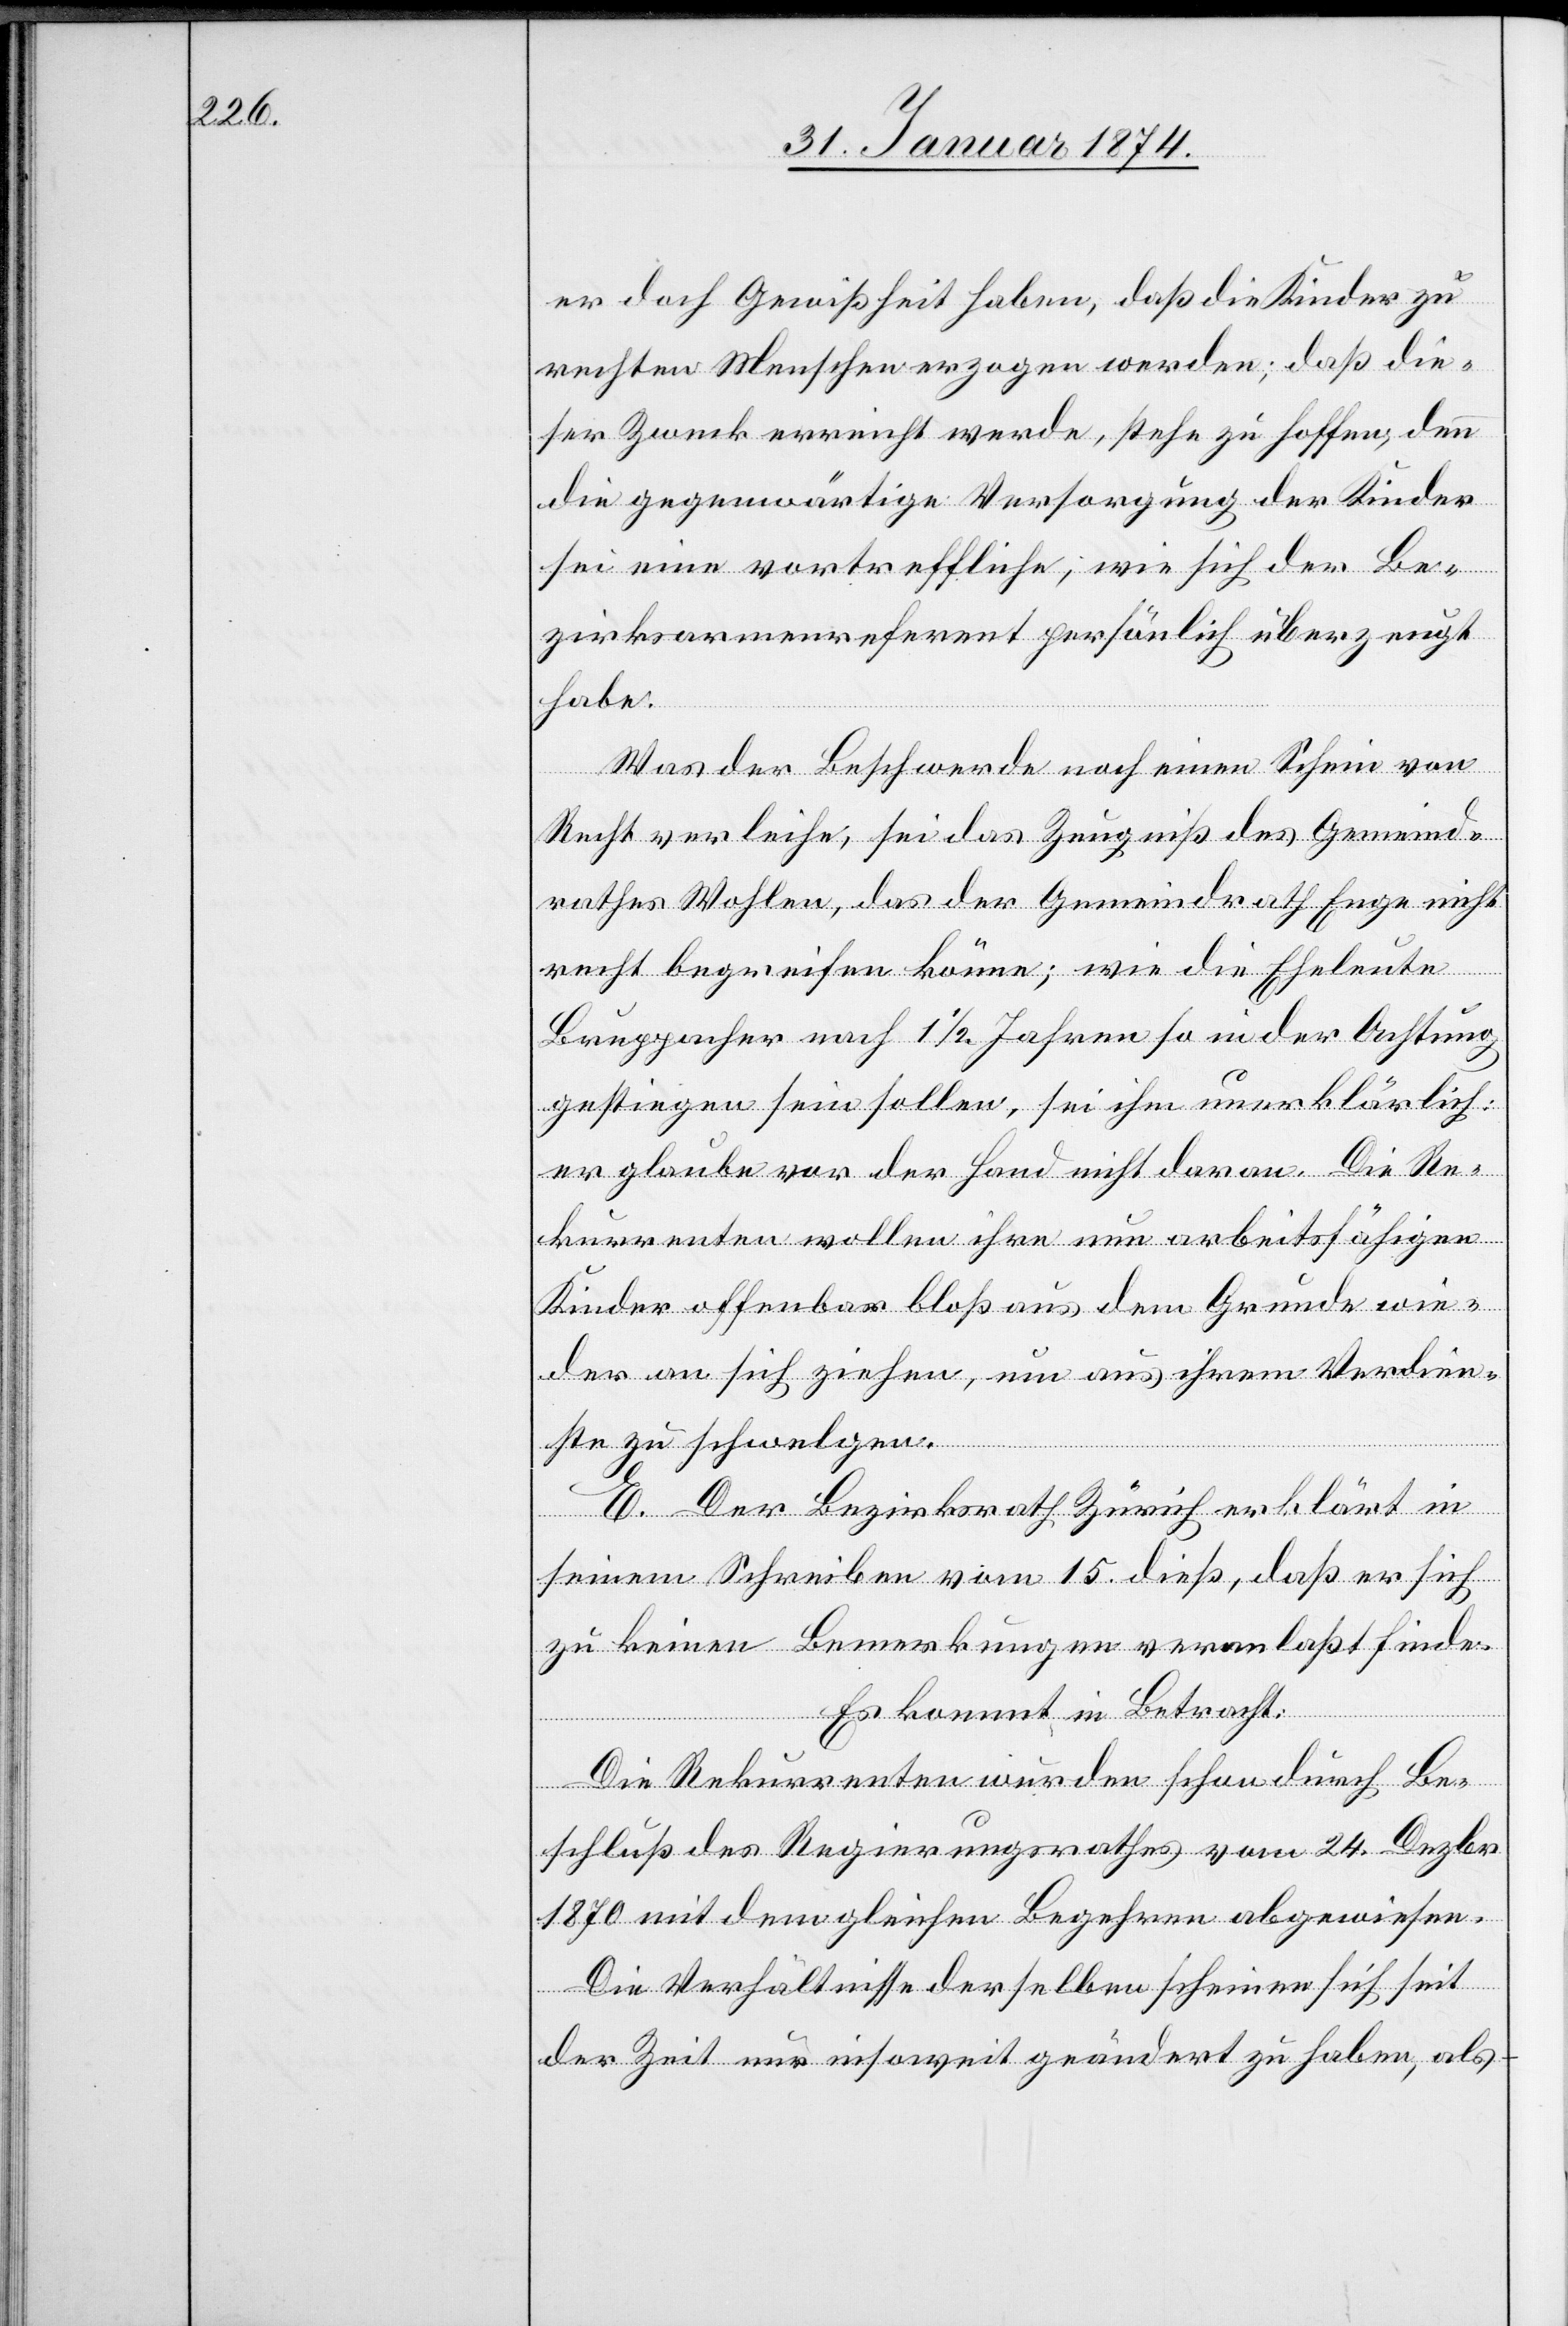
er doch Gewißheit haben, daß die Kinder zu
rechten Menschen erzogen werden; daß die¬
ser Zweck erreicht werde, stehe zu hoffen, denn
die gegenwärtige Versorgung der Kinder
sei eine vortreffliche, wie sich der Be¬
zirksarmenreferent persönlich überzeugt
habe.
Was der Beschwerde noch einen Schein von
Recht verleihe, sei das Zeugniß des Gemeind¬
rathes Wohlen, das der Gemeindrath Enge nicht
recht bereifen könne; wie die Eheleute
Bruppacher nach 1 1/2 Jahren so in der Achtung
gestiegen sein sollen, sei ihm unerklärlich:
Er glaube vor der Hand nicht daran. Die Re¬
kurrenten wollen ihre nun arbeitsfähigen
Kinder offenbar bloß aus dem Grunde wie¬
der an sich ziehen, um aus ihrem Verdien¬
ste zu schwelgen.
E. Der Bezirksrath Zürich erklärt in
seinem Schreiben vom 15. dieß, daß er sich
zu keinen Bemerkungen veranlaßt finde.
Es kommt in Betracht:
Die Rekurrenten wurden schon durch Be¬
schluß des Regierungsrathes vom 24. Dezbr.
1870 mit dem gleichen Begehren abgewiesen.
Die Verhältnisse derselben scheinen sich seit
der Zeit nur insoweit geändert zu haben, als-